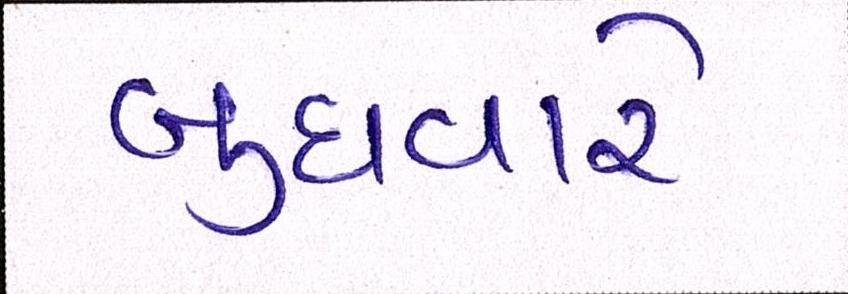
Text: બુધવારે